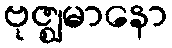
ဗုဇ္ဈမာနော